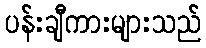
ပန်းချီကားများသည်